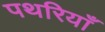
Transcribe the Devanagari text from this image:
पथरियाँ